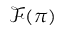
{ \mathcal { F } } ( \pi )